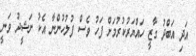
އަދި އަބްދު ގާޒީ ހައްޔަރުކުރުމަށް ފަހު ވެސް ފުލުހުންނާ އެކު ނަޝީދު ވަނީ